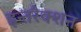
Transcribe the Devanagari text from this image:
इन्तरैक्शन